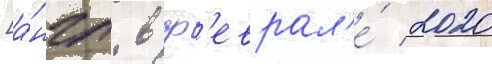
[а́нгл. в ф'еврал'е́ 2020